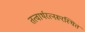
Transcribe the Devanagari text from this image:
तत्वार्थरत्नरूरस्थित